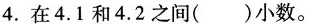
4.在4.1和4.2之间()小数。